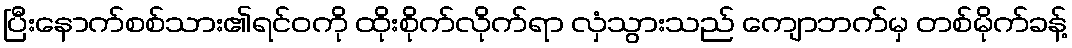
ပြီးနောက်စစ်သား၏ရင်ဝကို ထိုးစိုက်လိုက်ရာ လှံသွားသည် ကျောဘက်မှ တစ်မိုက်ခန့်